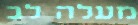
מעלה לב